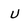
Character: u